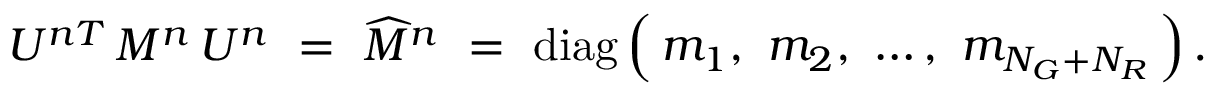
U ^ { n T } \, M ^ { n } \, U ^ { n } \ = \ \widehat { M } ^ { n } \ = \ \mathrm { d i a g } \, \Big ( \, m _ { 1 } , \ m _ { 2 } , \ \dots , \ m _ { N _ { G } + N _ { R } } \, \Big ) \, .